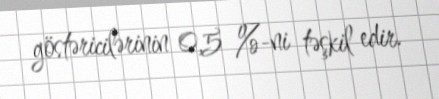
göstəricilərinin 0,5 %-ni təşkil edir.